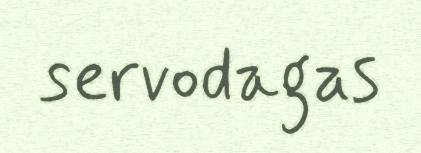
servodagas